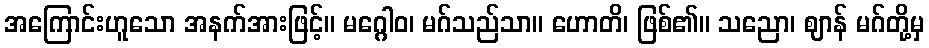
အကြောင်းဟူသော အနက်အားဖြင့်။ မဂ္ဂေါဝ၊ မဂ်သည်သာ။ ဟောတိ၊ ဖြစ်၏။ သညော၊ ဈာန် မဂ်တို့မှ